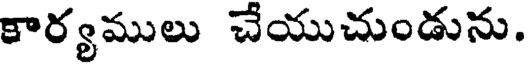
కార్యములు చేయుచుండును.